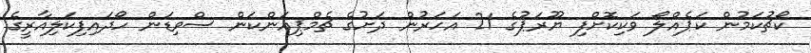
ކޯޗުކަމުން ކަޕެއްލޯ ވަކިކޮށްފި ޔޫރަޕުގެ 21 އަހަރުން ދަށުގެ ޗެމްޕިއަންކަން ސްވިޑަން ހޯދައިފިކަލިއާރީގެ